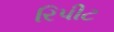
રિપીટ